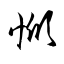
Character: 惞